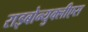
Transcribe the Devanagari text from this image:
राइबोन्युक्लीएस